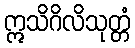
ဣသိဂိလိသုတ္တံ